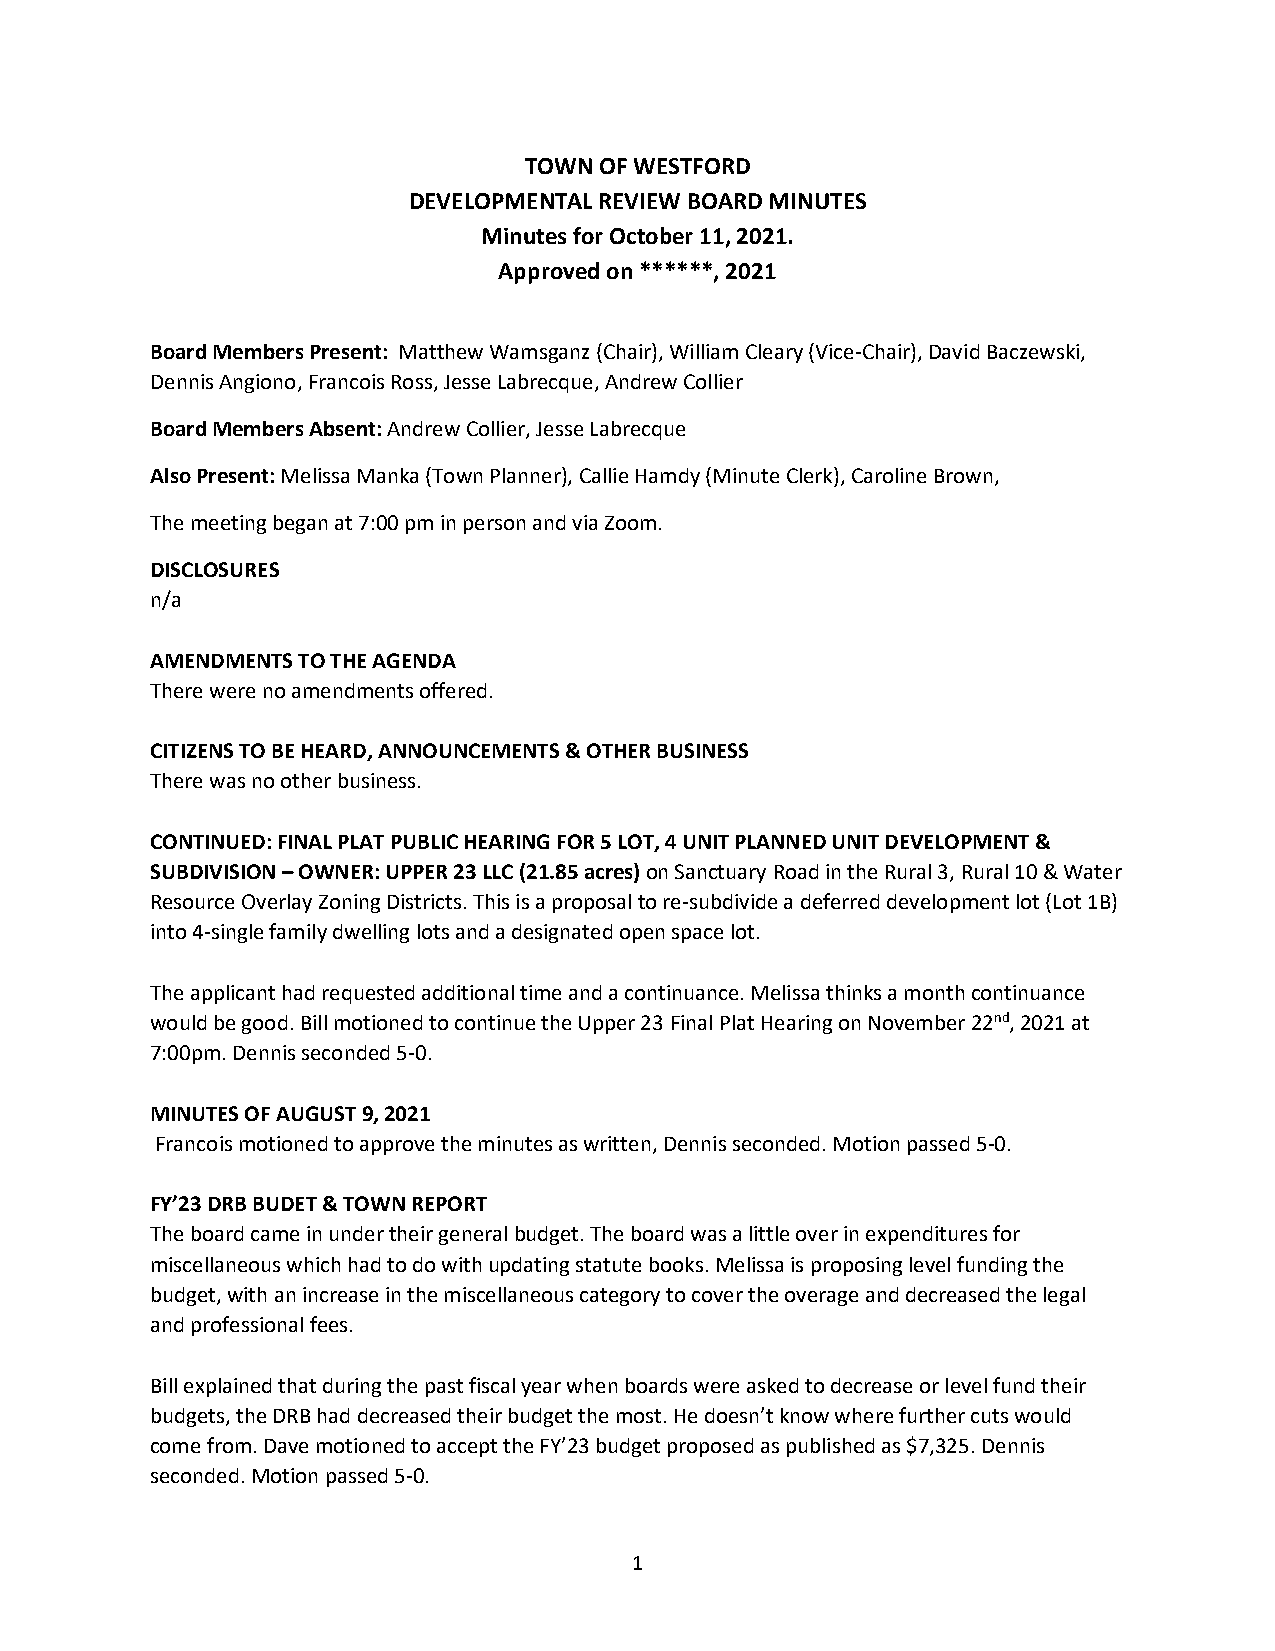
TOWN OF WESTFORD
 DEVELOPMENTAL REVIEW BOARD MINUTES
 Minutes for October 11, 2021.
 Approved on ******, 2021
 Board Members Present: Matthew Wamsganz (Chair), William Cleary (Vice-Chair), David Baczewski,
 Dennis Angiono, Francois Ross, Jesse Labrecque, Andrew Collier
 Board Members Absent: Andrew Collier, Jesse Labrecque
 Also Present: Melissa Manka (Town Planner), Callie Hamdy (Minute Clerk), Caroline Brown,
 The meeting began at 7:00 pm in person and via Zoom.
 DISCLOSURES
 n/a
 AMENDMENTS TO THE AGENDA
 There were no amendments offered.
 CITIZENS TO BE HEARD, ANNOUNCEMENTS & OTHER BUSINESS
 There was no other business.
 CONTINUED: FINAL PLAT PUBLIC HEARING FOR 5 LOT, 4 UNIT PLANNED UNIT DEVELOPMENT &
 SUBDIVISION – OWNER: UPPER 23 LLC (21.85 acres) on Sanctuary Road in the Rural 3, Rural 10 & Water
 Resource Overlay Zoning Districts. This is a proposal to re-subdivide a deferred development lot (Lot 1B)
 into 4-single family dwelling lots and a designated open space lot.
 The applicant had requested additional time and a continuance. Melissa thinks a month continuance
 would be good. Bill motioned to continue the Upper 23 Final Plat Hearing on November 22nd, 2021 at
 7:00pm. Dennis seconded 5-0.
 MINUTES OF AUGUST 9, 2021
 Francois motioned to approve the minutes as written, Dennis seconded. Motion passed 5-0.
 FY’23 DRB BUDET & TOWN REPORT
 The board came in under their general budget. The board was a little over in expenditures for
 miscellaneous which had to do with updating statute books. Melissa is proposing level funding the
 budget, with an increase in the miscellaneous category to cover the overage and decreased the legal
 and professional fees.
 Bill explained that during the past fiscal year when boards were asked to decrease or level fund their
 budgets, the DRB had decreased their budget the most. He doesn’t know where further cuts would
 come from. Dave motioned to accept the FY’23 budget proposed as published as $7,325. Dennis
 seconded. Motion passed 5-0.
 1